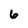
Character: 6